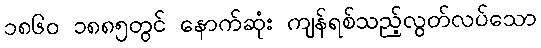
၁၈၆၀ ၁၈၈၅တွင် နောက်ဆုံး ကျန်ရစ်သည့်လွတ်လပ်သော